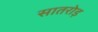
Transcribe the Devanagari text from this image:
सातरोड़